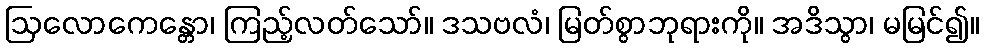
ဩလောကေန္တော၊ ကြည့်လတ်သော်။ ဒသဗလံ၊ မြတ်စွာဘုရားကို။ အဒိသွာ၊ မမြင်၍။